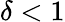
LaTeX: \delta<1